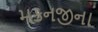
મકનજીના